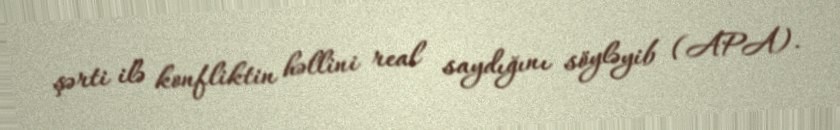
şərti ilə konfliktin həllini real saydığını söyləyib (APA).